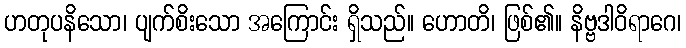
ဟတုပနိသော၊ ပျက်စိးသော အကြောင်း ရှိသည်။ ဟောတိ၊ ဖြစ်၏။ နိဗ္ဗဒါဝိရာဂေ၊